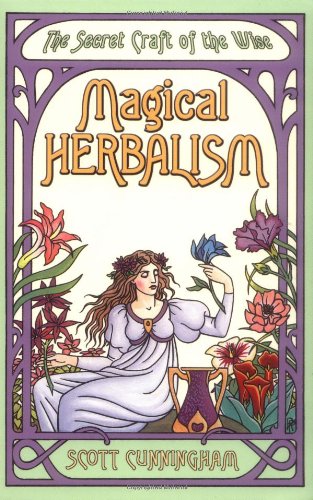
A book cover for Magical Herbalism: The Secret Craft of the Wise (Llewellyn's Practical Magick Series); Scott Cunningham; Politics & Social Sciences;